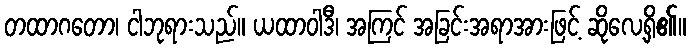
တထာဂတော၊ ငါဘုရားသည်။ ယထာဝါဒီ၊ အကြင် အခြင်းအရာအားဖြင့် ဆိုလေ့ရှိ၏။